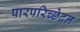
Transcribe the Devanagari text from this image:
पारपरिच्छेदन